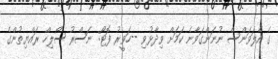
ގެ އެލަވަންސް ނުނަންގަވާނެ ކަމަށް ވިދާޅުވި --ހަވީރު ފޮޓޯ: ނަސްރު ސޯލިހް ރައްޔިތުންގެ